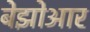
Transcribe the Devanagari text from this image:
बेझोआर